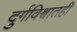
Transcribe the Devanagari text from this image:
दुर्गविश्र्वातही